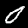
Digit: 0